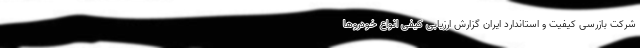
شرکت بازرسی کیفیت و استاندارد ایران گزارش ارزیابی کیفی انواع خودروها